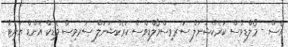
އެސް - މޯލްޑިވްސް ކަރެކްޝަނަލް ސަރވިސްމޯލްޑިވްސް ކަރެކްޝަނަލް ސަރވިސް މެޑިކް އެންޑް ޔުނިޓް